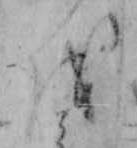
を